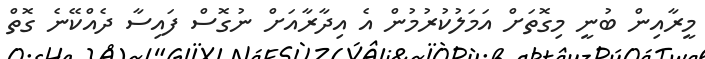
މީރާއިން ބުނީ މިގޮތަށް އަމަލުކުރުމުން އެ އިދާރާއަށް ނުގޮސް ފައިސާ ދެއްކޭނެ ގޮތް